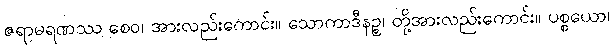
ဇရာမရဏဿ စေဝ၊ အားလည်းကောင်း။ သောကာဒီနဉ္စ၊ တို့အားလည်းကောင်း။ ပစ္စယော၊